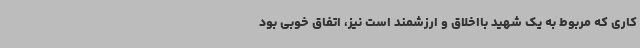
کاری که مربوط به یک شهید بااخلاق و ارزشمند است نیز، اتفاق خوبی بود